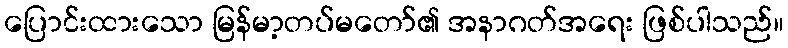
ပြောင်းထားသော မြန်မာ့တပ်မတော်၏ အနာဂတ်အရေး ဖြစ်ပါသည်။